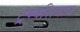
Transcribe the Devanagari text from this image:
ट्रम्पशिवाय